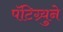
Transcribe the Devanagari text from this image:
पॅटिग्र्युने